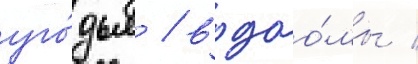
уго́дья / водоо́мы /